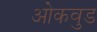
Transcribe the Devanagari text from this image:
ओकवुड